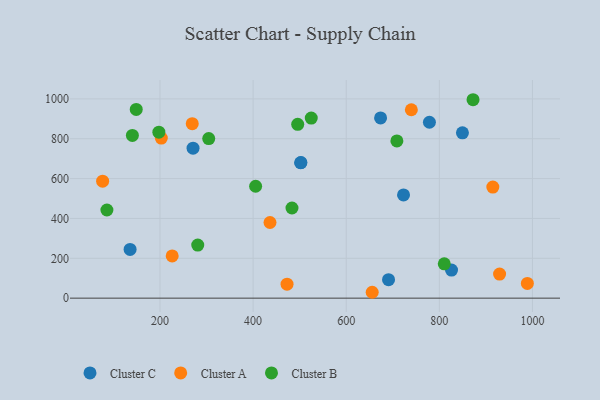
{"axis": {"x": "Price", "y": "Profit"}, "legend": ["Cluster A", "Cluster B", "Cluster C"], "data": [{"x": "135.8", "y": 244.4, "type": "Cluster C"}, {"x": "690.9", "y": 92.9, "type": "Cluster C"}, {"x": "502.1", "y": 679.4, "type": "Cluster C"}, {"x": "826.2", "y": 141.1, "type": "Cluster C"}, {"x": "778.7", "y": 882.7, "type": "Cluster C"}, {"x": "502.7", "y": 680.5, "type": "Cluster C"}, {"x": "849.6", "y": 829.8, "type": "Cluster C"}, {"x": "723.1", "y": 517.9, "type": "Cluster C"}, {"x": "673.8", "y": 904.3, "type": "Cluster C"}, {"x": "271.0", "y": 752.4, "type": "Cluster C"}, {"x": "269.3", "y": 875.6, "type": "Cluster A"}, {"x": "202.8", "y": 803.2, "type": "Cluster A"}, {"x": "436.3", "y": 379.7, "type": "Cluster A"}, {"x": "472.9", "y": 70.1, "type": "Cluster A"}, {"x": "739.9", "y": 945.5, "type": "Cluster A"}, {"x": "914.9", "y": 557.5, "type": "Cluster A"}, {"x": "226.2", "y": 211.9, "type": "Cluster A"}, {"x": "929.4", "y": 120.6, "type": "Cluster A"}, {"x": "655.8", "y": 29.5, "type": "Cluster A"}, {"x": "76.8", "y": 587.0, "type": "Cluster A"}, {"x": "989.1", "y": 74.1, "type": "Cluster A"}, {"x": "149.0", "y": 946.9, "type": "Cluster B"}, {"x": "708.8", "y": 789.1, "type": "Cluster B"}, {"x": "810.6", "y": 172.3, "type": "Cluster B"}, {"x": "483.5", "y": 452.5, "type": "Cluster B"}, {"x": "524.9", "y": 903.7, "type": "Cluster B"}, {"x": "86.0", "y": 442.4, "type": "Cluster B"}, {"x": "405.4", "y": 561.4, "type": "Cluster B"}, {"x": "495.8", "y": 872.2, "type": "Cluster B"}, {"x": "872.4", "y": 995.7, "type": "Cluster B"}, {"x": "281.1", "y": 266.5, "type": "Cluster B"}, {"x": "140.7", "y": 816.5, "type": "Cluster B"}, {"x": "304.7", "y": 800.6, "type": "Cluster B"}, {"x": "197.6", "y": 833.1, "type": "Cluster B"}]}